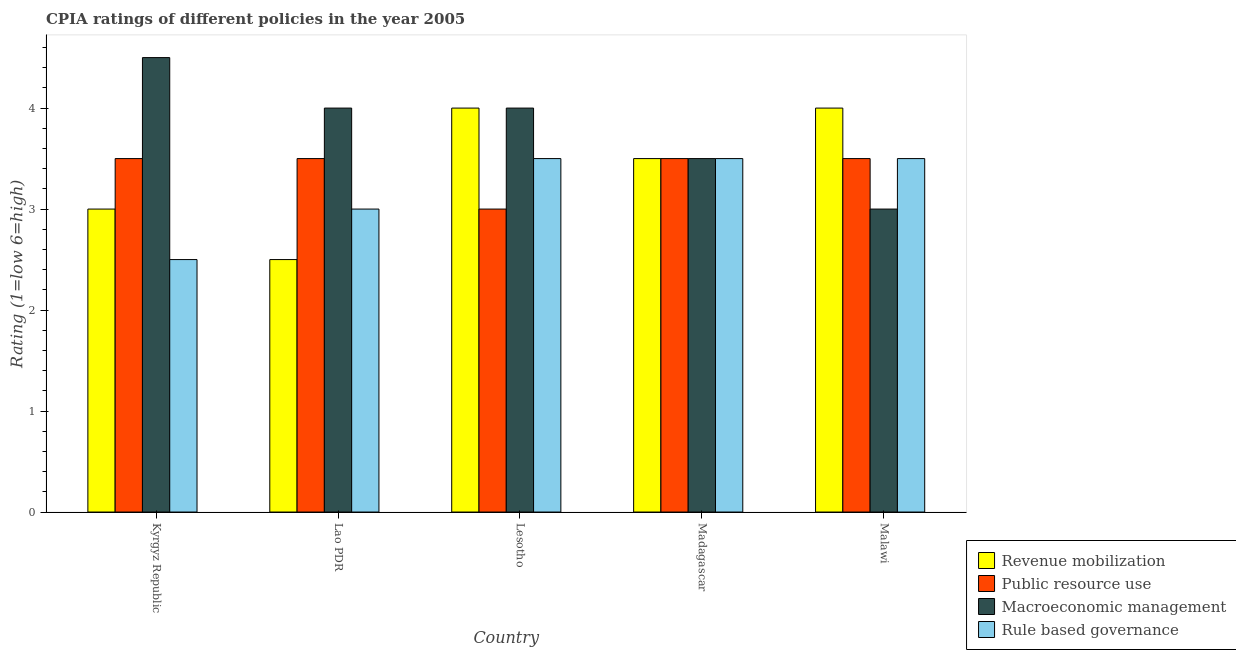
| Country | Revenue mobilization | Public resource use | Macroeconomic management | Rule based governance |
 | --- | --- | --- | --- | --- |
 | Kyrgyz Republic | 3 | 3.5 | 4.5 | 2.5 |
 | Lao PDR | 2.5 | 3.5 | 4 | 3 |
 | Lesotho | 4 | 3 | 4 | 3.5 |
 | Madagascar | 3.5 | 3.5 | 3.5 | 3.5 |
 | Malawi | 4 | 3.5 | 3 | 3.5 |